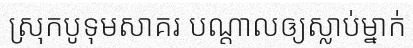
ស្រុកបូទុមសាគរ បណ្តាលឲ្យស្លាប់ម្នាក់